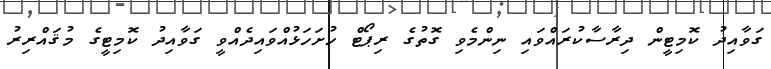
ގަވާއިދު ކޮމިޓީން ދިރާސާކުރައްވައި ނިންމެވި ގޮތުގެ ރިޕޯޓް ހުށަހަޅުއްވައިދެއްވީ ގަވާއިދު ކޮމިޓީގެ މުޤައްރިރު